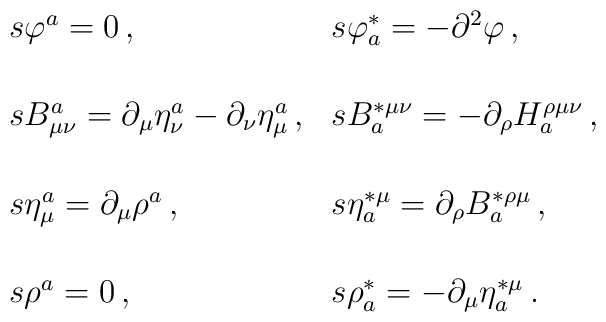
\begin{array}{ll}s\varphi ^a=0\,, & s\varphi _a^{*}=-\partial ^2\varphi \,, \\ &\\[1mm] sB_{\mu \nu }^a=\partial _\mu \eta _\nu ^a-\partial _\nu\eta _\mu ^a\,, & sB_a^{*\mu \nu }=-\partial _\rho H_a^{\rho \mu\nu }\,, \\ &  \\[1mm] s\eta _\mu ^a=\partial _\mu \rho ^a\,, &s\eta _a^{*\mu }=\partial _\rho B_a^{*\rho \mu }\,, \\ &  \\[1mm]s\rho ^a=0\,, & s\rho _a^{*}=-\partial _\mu \eta _a^{*\mu }\,. \\&  \\[1mm] &\end{array}